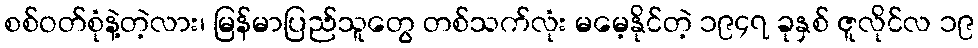
စစ်ဝတ်စုံနဲ့တဲ့လား၊ မြန်မာပြည်သူတွေ တစ်သက်လုံး မမေ့နိုင်တဲ့ ၁၉၄၇ ခုနှစ် ဇူလိုင်လ ၁၉